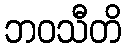
ဘဝသီတိ